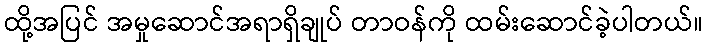
ထို့အပြင် အမှုဆောင်အရာရှိချုပ် တာဝန်ကို ထမ်းဆောင်ခဲ့ပါတယ်။